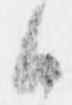
御